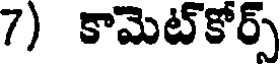
7) కామెట్కోర్స్